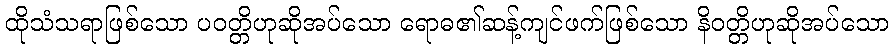
ထိုသံသရာဖြစ်သော ပဝတ္တိဟုဆိုအပ်သော ရောဓ၏ဆန့်ကျင်ဖက်ဖြစ်သော နိဝတ္တိဟုဆိုအပ်သော